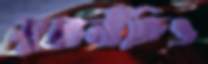
মুদ্রানীতিও